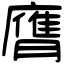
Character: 膺